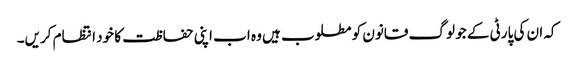
کہ ان کی پارٹی کے جو لوگ قانون کو مطلوب ہیں وہ اب اپنی حفاظت کا خود انتظام کریں۔